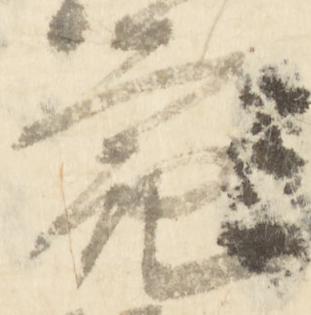
亮